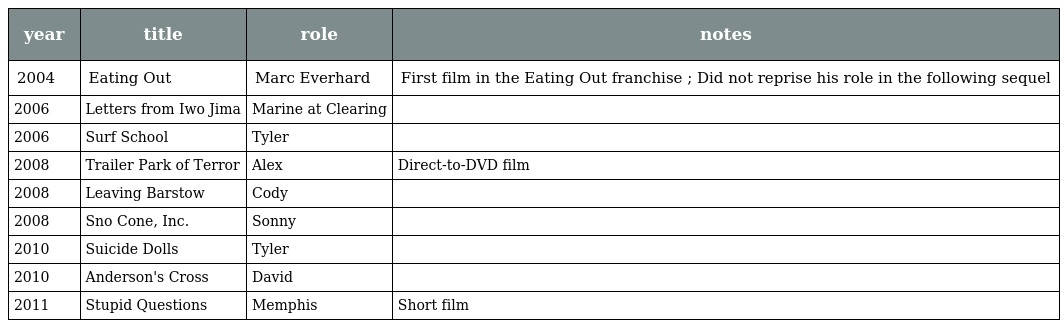
| year | title | role | notes |
 | --- | --- | --- | --- |
 | 2004 | Eating Out | Marc Everhard | First film in the Eating Out franchise ; Did not reprise his role in the following sequel |
 | 2006 | Letters from Iwo Jima | Marine at Clearing |  |
 | 2006 | Surf School | Tyler |  |
 | 2008 | Trailer Park of Terror | Alex | Direct-to-DVD film |
 | 2008 | Leaving Barstow | Cody |  |
 | 2008 | Sno Cone, Inc. | Sonny |  |
 | 2010 | Suicide Dolls | Tyler |  |
 | 2010 | Anderson's Cross | David |  |
 | 2011 | Stupid Questions | Memphis | Short film |